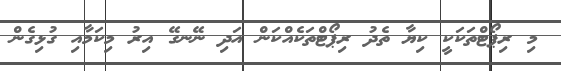
މި ރިޕޯޓްތަކަކީ ކިޔާ ތެދު ރިޕޯޓްތަކެއްކަން އަދި ނޭނގޭ އިރު މިކަމާއި ގުޅިގެން